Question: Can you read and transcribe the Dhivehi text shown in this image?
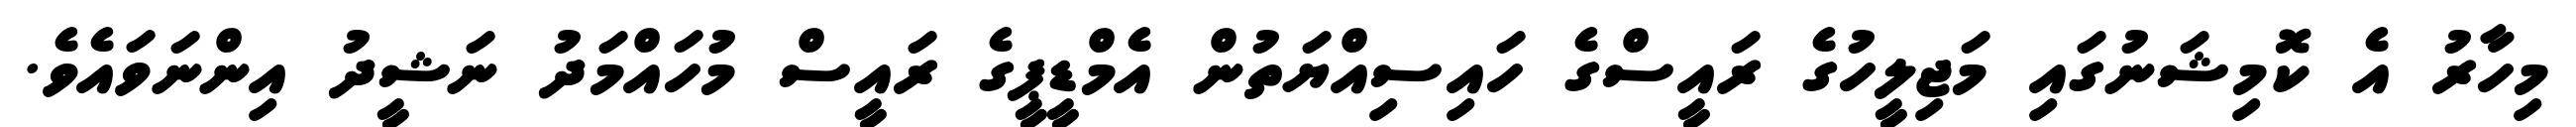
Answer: މިހާރު އެ ކޮމިޝަނުގައި މަޖިލީހުގެ ރައީސްގެ ހައިސިއްޔަތުން އެމްޑީޕީގެ ރައީސް މުހައްމަދު ނަޝީދު އިންނަވައެވެ.